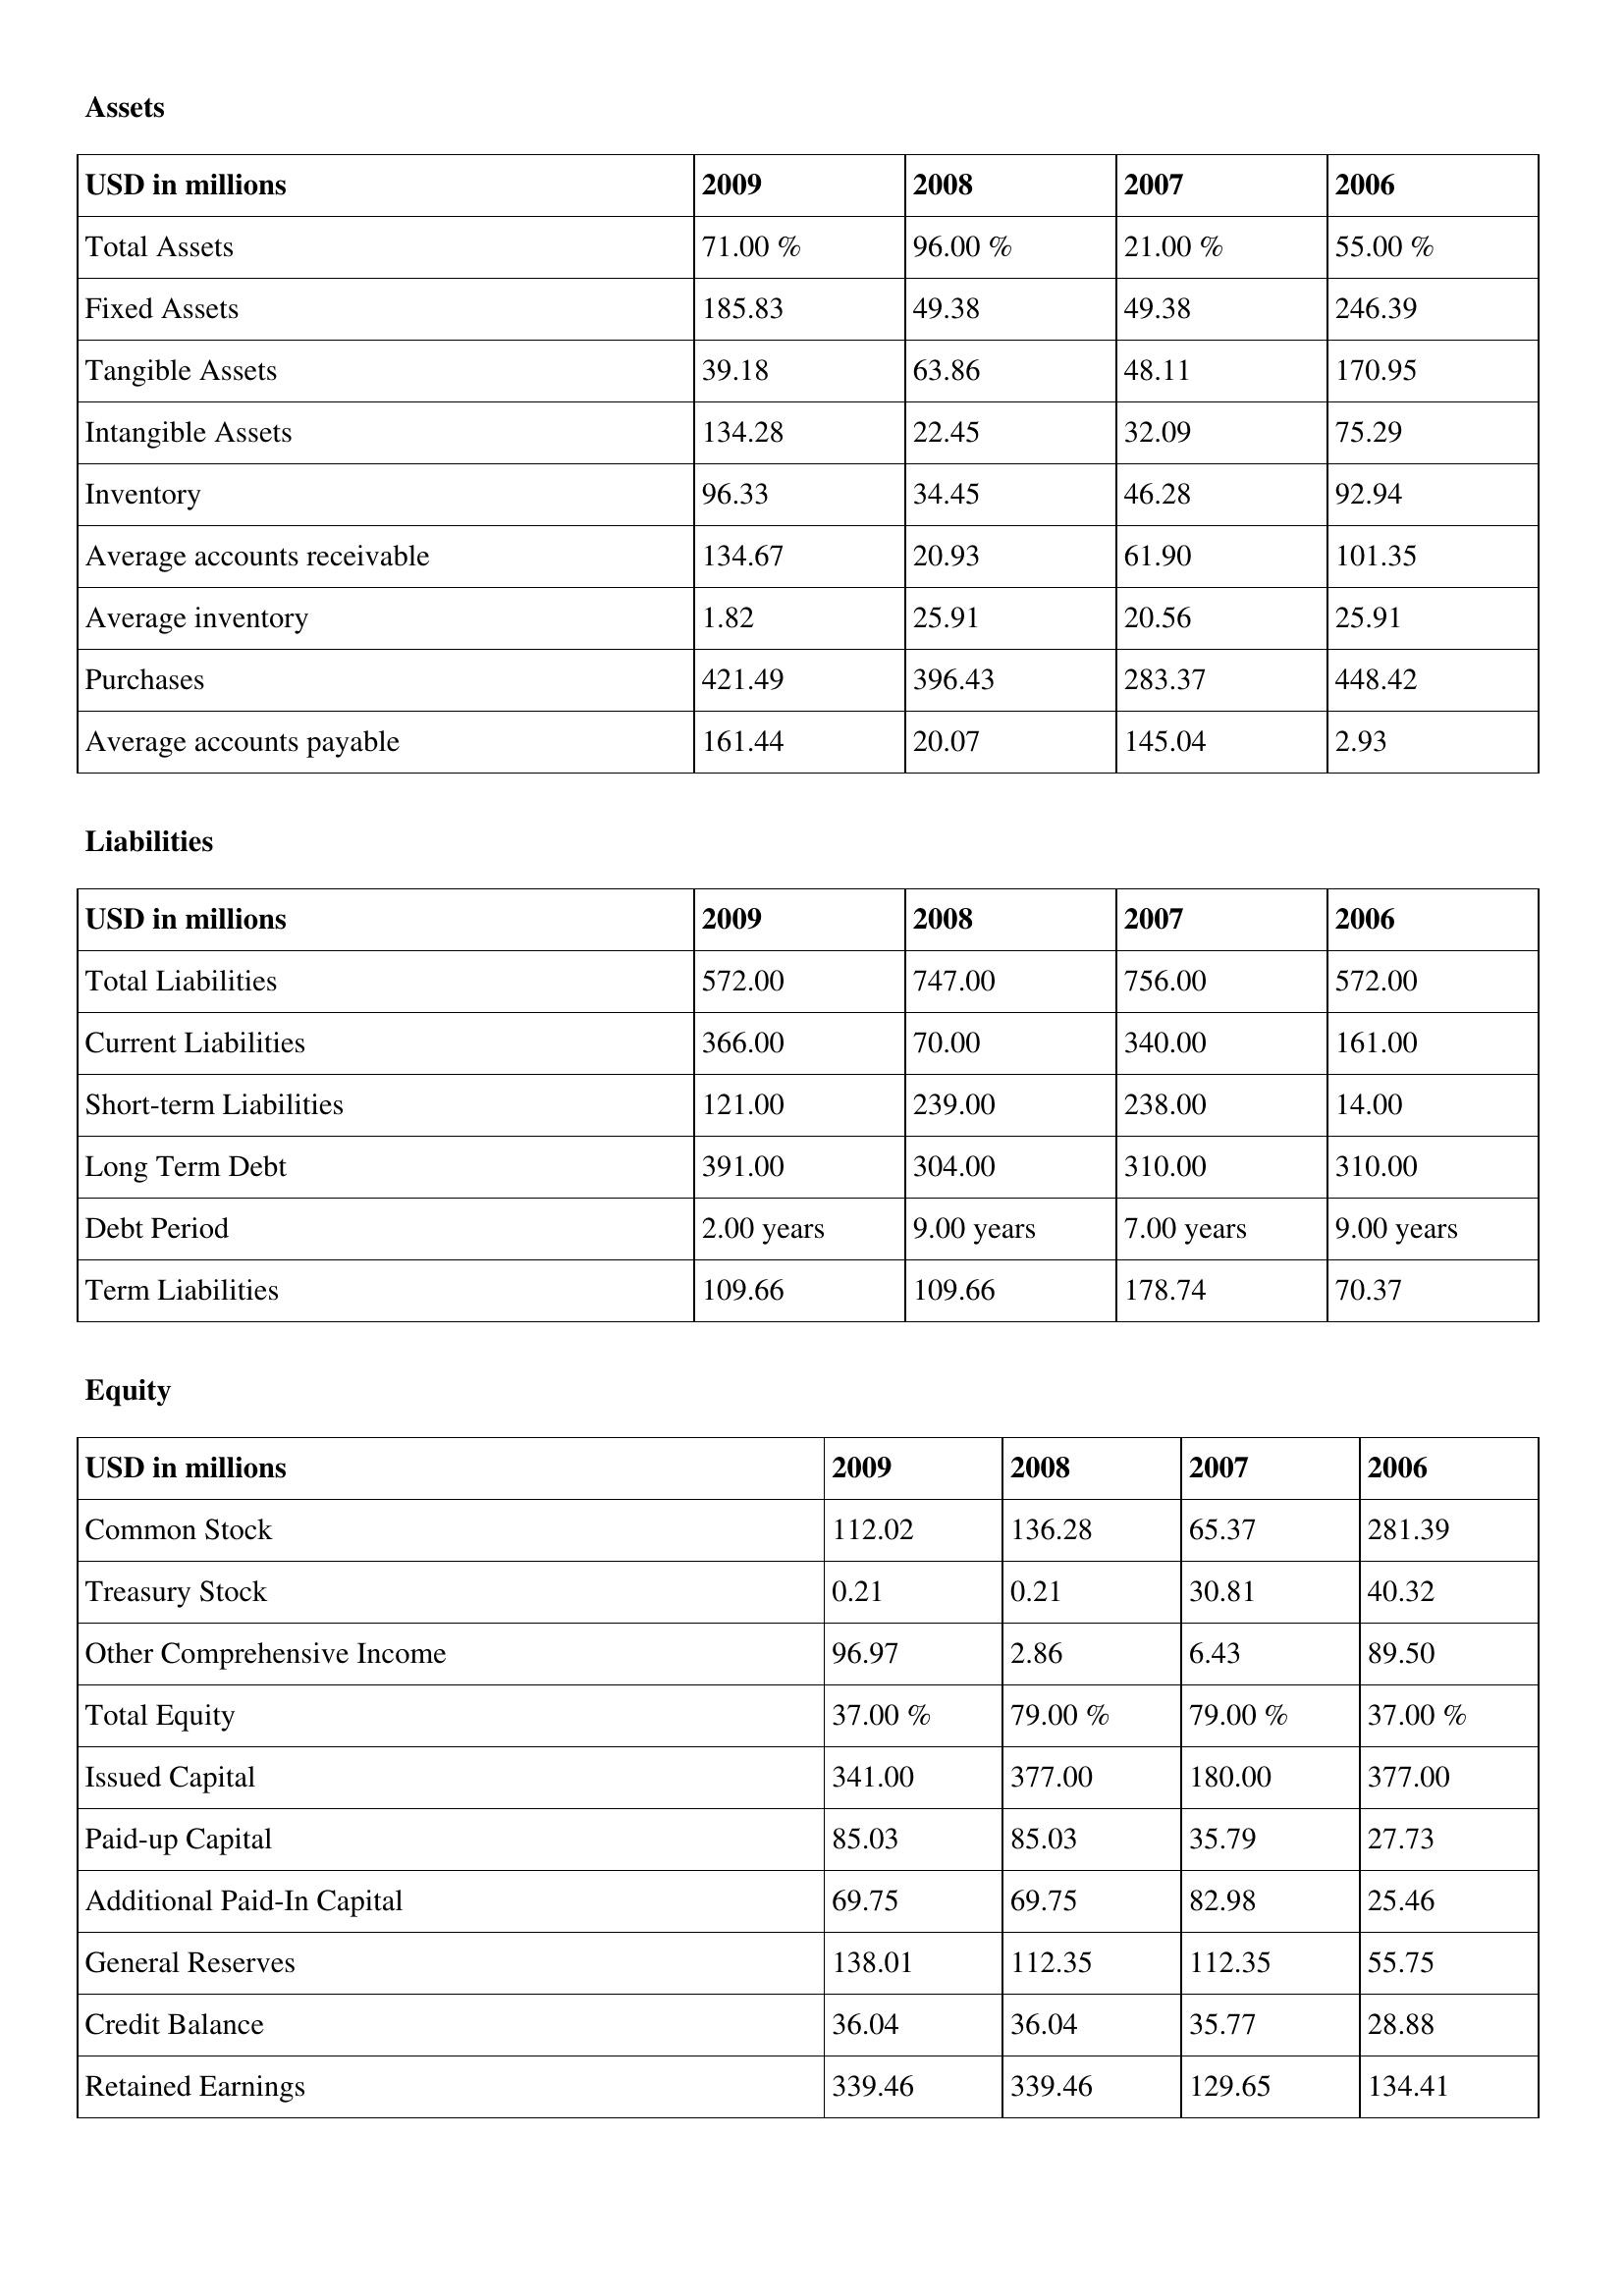
gt_parse: 2009: Assets: Total Assets: 71.00 %
Fixed Assets: 185.83
Tangible Assets: 39.18
Intangible Assets: 134.28
Inventory: 96.33
Average accounts receivable: 134.67
Average inventory: 1.82
Purchases: 421.49
Average accounts payable: 161.44
Liabilities: Total Liabilities: 572.00
Current Liabilities: 366.00
Short-term Liabilities: 121.00
Long Term Debt: 391.00
Debt Period: 2.00 years
Term Liabilities: 109.66
Equity: Common Stock: 112.02
Treasury Stock: 0.21
Other Comprehensive Income: 96.97
Total Equity: 37.00 %
Issued Capital: 341.00
Paid-up Capital: 85.03
Additional Paid-In Capital: 69.75
General Reserves: 138.01
Credit Balance: 36.04
Retained Earnings: 339.46
2008: Assets: Total Assets: 96.00 %
Fixed Assets: 49.38
Tangible Assets: 63.86
Intangible Assets: 22.45
Inventory: 34.45
Average accounts receivable: 20.93
Average inventory: 25.91
Purchases: 396.43
Average accounts payable: 20.07
Liabilities: Total Liabilities: 747.00
Current Liabilities: 70.00
Short-term Liabilities: 239.00
Long Term Debt: 304.00
Debt Period: 9.00 years
Term Liabilities: 109.66
Equity: Common Stock: 136.28
Treasury Stock: 0.21
Other Comprehensive Income: 2.86
Total Equity: 79.00 %
Issued Capital: 377.00
Paid-up Capital: 85.03
Additional Paid-In Capital: 69.75
General Reserves: 112.35
Credit Balance: 36.04
Retained Earnings: 339.46
2007: Assets: Total Assets: 21.00 %
Fixed Assets: 49.38
Tangible Assets: 48.11
Intangible Assets: 32.09
Inventory: 46.28
Average accounts receivable: 61.90
Average inventory: 20.56
Purchases: 283.37
Average accounts payable: 145.04
Liabilities: Total Liabilities: 756.00
Current Liabilities: 340.00
Short-term Liabilities: 238.00
Long Term Debt: 310.00
Debt Period: 7.00 years
Term Liabilities: 178.74
Equity: Common Stock: 65.37
Treasury Stock: 30.81
Other Comprehensive Income: 6.43
Total Equity: 79.00 %
Issued Capital: 180.00
Paid-up Capital: 35.79
Additional Paid-In Capital: 82.98
General Reserves: 112.35
Credit Balance: 35.77
Retained Earnings: 129.65
2006: Assets: Total Assets: 55.00 %
Fixed Assets: 246.39
Tangible Assets: 170.95
Intangible Assets: 75.29
Inventory: 92.94
Average accounts receivable: 101.35
Average inventory: 25.91
Purchases: 448.42
Average accounts payable: 2.93
Liabilities: Total Liabilities: 572.00
Current Liabilities: 161.00
Short-term Liabilities: 14.00
Long Term Debt: 310.00
Debt Period: 9.00 years
Term Liabilities: 70.37
Equity: Common Stock: 281.39
Treasury Stock: 40.32
Other Comprehensive Income: 89.50
Total Equity: 37.00 %
Issued Capital: 377.00
Paid-up Capital: 27.73
Additional Paid-In Capital: 25.46
General Reserves: 55.75
Credit Balance: 28.88
Retained Earnings: 134.41